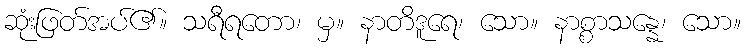
ဆုံးဖြတ်အပ်၏။ သရီရတော၊ မှ။ နာတိဒူရေ၊ သော။ နာစ္စာသန္နေ၊ သော။